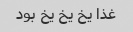
غذا یخ یخ یخ بود